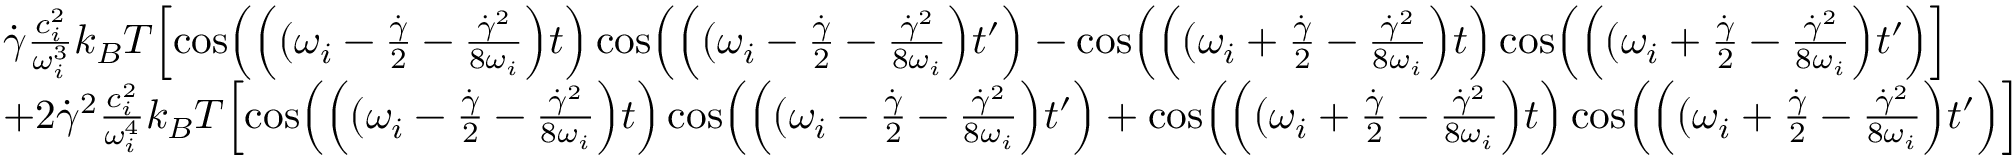
\begin{array} { r l } & { \dot { \gamma } \frac { c _ { i } ^ { 2 } } { \omega _ { i } ^ { 3 } } k _ { B } T \Bigl [ \cos \Bigl ( \Bigl ( ( \omega _ { i } - \frac { \dot { \gamma } } { 2 } - \frac { \dot { \gamma } ^ { 2 } } { 8 \omega _ { i } } \Bigr ) t \Bigr ) \cos \Bigl ( \Bigl ( ( \omega _ { i } - \frac { \dot { \gamma } } { 2 } - \frac { \dot { \gamma } ^ { 2 } } { 8 \omega _ { i } } \Bigr ) t ^ { \prime } \Bigr ) - \cos \Bigl ( \Bigl ( ( \omega _ { i } + \frac { \dot { \gamma } } { 2 } - \frac { \dot { \gamma } ^ { 2 } } { 8 \omega _ { i } } \Bigr ) t \Bigr ) \cos \Bigl ( \Bigl ( ( \omega _ { i } + \frac { \dot { \gamma } } { 2 } - \frac { \dot { \gamma } ^ { 2 } } { 8 \omega _ { i } } \Bigr ) t ^ { \prime } \Bigr ) \Bigr ] } \\ & { + 2 \dot { \gamma } ^ { 2 } \frac { c _ { i } ^ { 2 } } { \omega _ { i } ^ { 4 } } k _ { B } T \Bigl [ \cos \Bigl ( \Bigl ( ( \omega _ { i } - \frac { \dot { \gamma } } { 2 } - \frac { \dot { \gamma } ^ { 2 } } { 8 \omega _ { i } } \Bigr ) t \Bigr ) \cos \Bigl ( \Bigl ( ( \omega _ { i } - \frac { \dot { \gamma } } { 2 } - \frac { \dot { \gamma } ^ { 2 } } { 8 \omega _ { i } } \Bigr ) t ^ { \prime } \Bigr ) + \cos \Bigl ( \Bigl ( ( \omega _ { i } + \frac { \dot { \gamma } } { 2 } - \frac { \dot { \gamma } ^ { 2 } } { 8 \omega _ { i } } \Bigr ) t \Bigr ) \cos \Bigl ( \Bigl ( ( \omega _ { i } + \frac { \dot { \gamma } } { 2 } - \frac { \dot { \gamma } ^ { 2 } } { 8 \omega _ { i } } \Bigr ) t ^ { \prime } \Bigr ) \Bigr ] } \end{array}